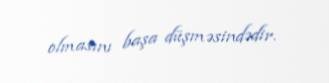
olmasını başa düşməsindədir.